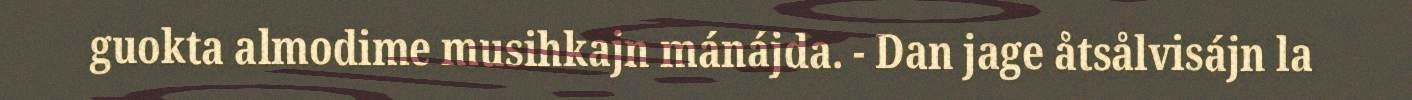
guokta almodime musihkajn mánájda. - Dan jage åtsålvisájn la